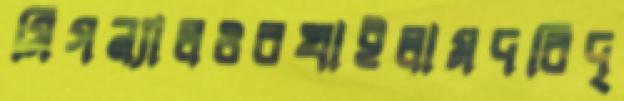
সিগন্যালওবখাইলামদরিদ্